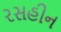
રસહીન